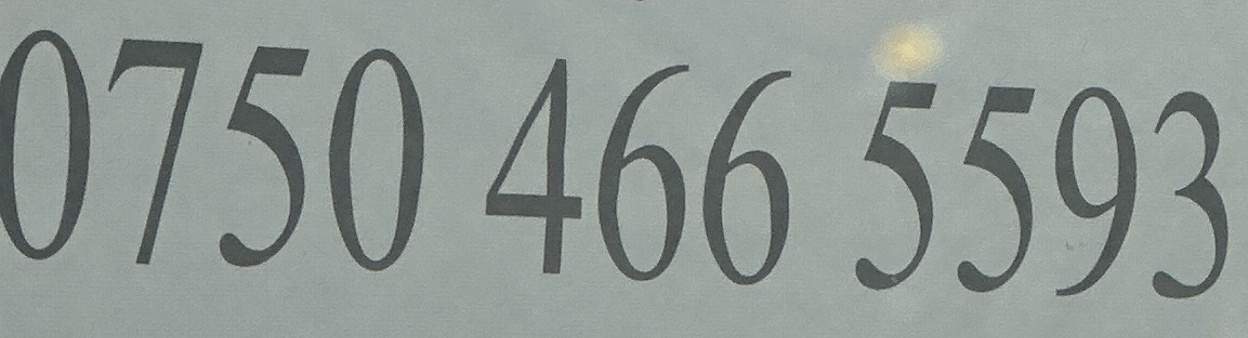
0750 466 5593